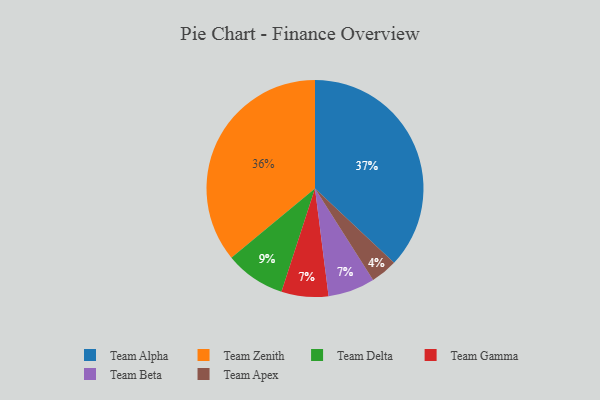
{"axis": {"x": "Category", "y": "Percentage"}, "legend": ["Team Alpha", "Team Apex", "Team Beta", "Team Delta", "Team Gamma", "Team Zenith"], "data": [{"x": "Team Gamma", "y": 7, "type": "Team Gamma"}, {"x": "Team Apex", "y": 4, "type": "Team Apex"}, {"x": "Team Delta", "y": 9, "type": "Team Delta"}, {"x": "Team Beta", "y": 7, "type": "Team Beta"}, {"x": "Team Zenith", "y": 36, "type": "Team Zenith"}, {"x": "Team Alpha", "y": 37, "type": "Team Alpha"}]}